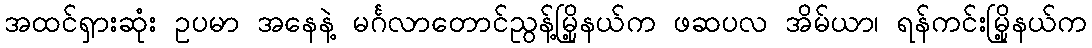
အထင်ရှားဆုံး ဥပမာ အနေနဲ့ မင်္ဂလာတောင်ညွန့်မြို့နယ်က ဖဆပလ အိမ်ယာ၊ ရန်ကင်းမြို့နယ်က